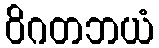
ဝိဂတဘယံ